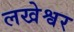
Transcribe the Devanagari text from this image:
लखेश्वर